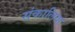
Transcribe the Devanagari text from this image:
संकालिया